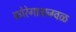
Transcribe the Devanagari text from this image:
कोरेगावाजवळ